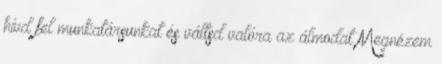
hívd fel munkatársunkat és váltsd valóra az álmodat Megnézem